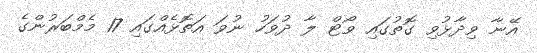
އޭނާ ވިދާޅުވި ގޮތުގައި ވޯޓް ލާ ދުވަހު ނުވަ އަތޮޅެއްގައި 17 މެމްބަރުންގެ